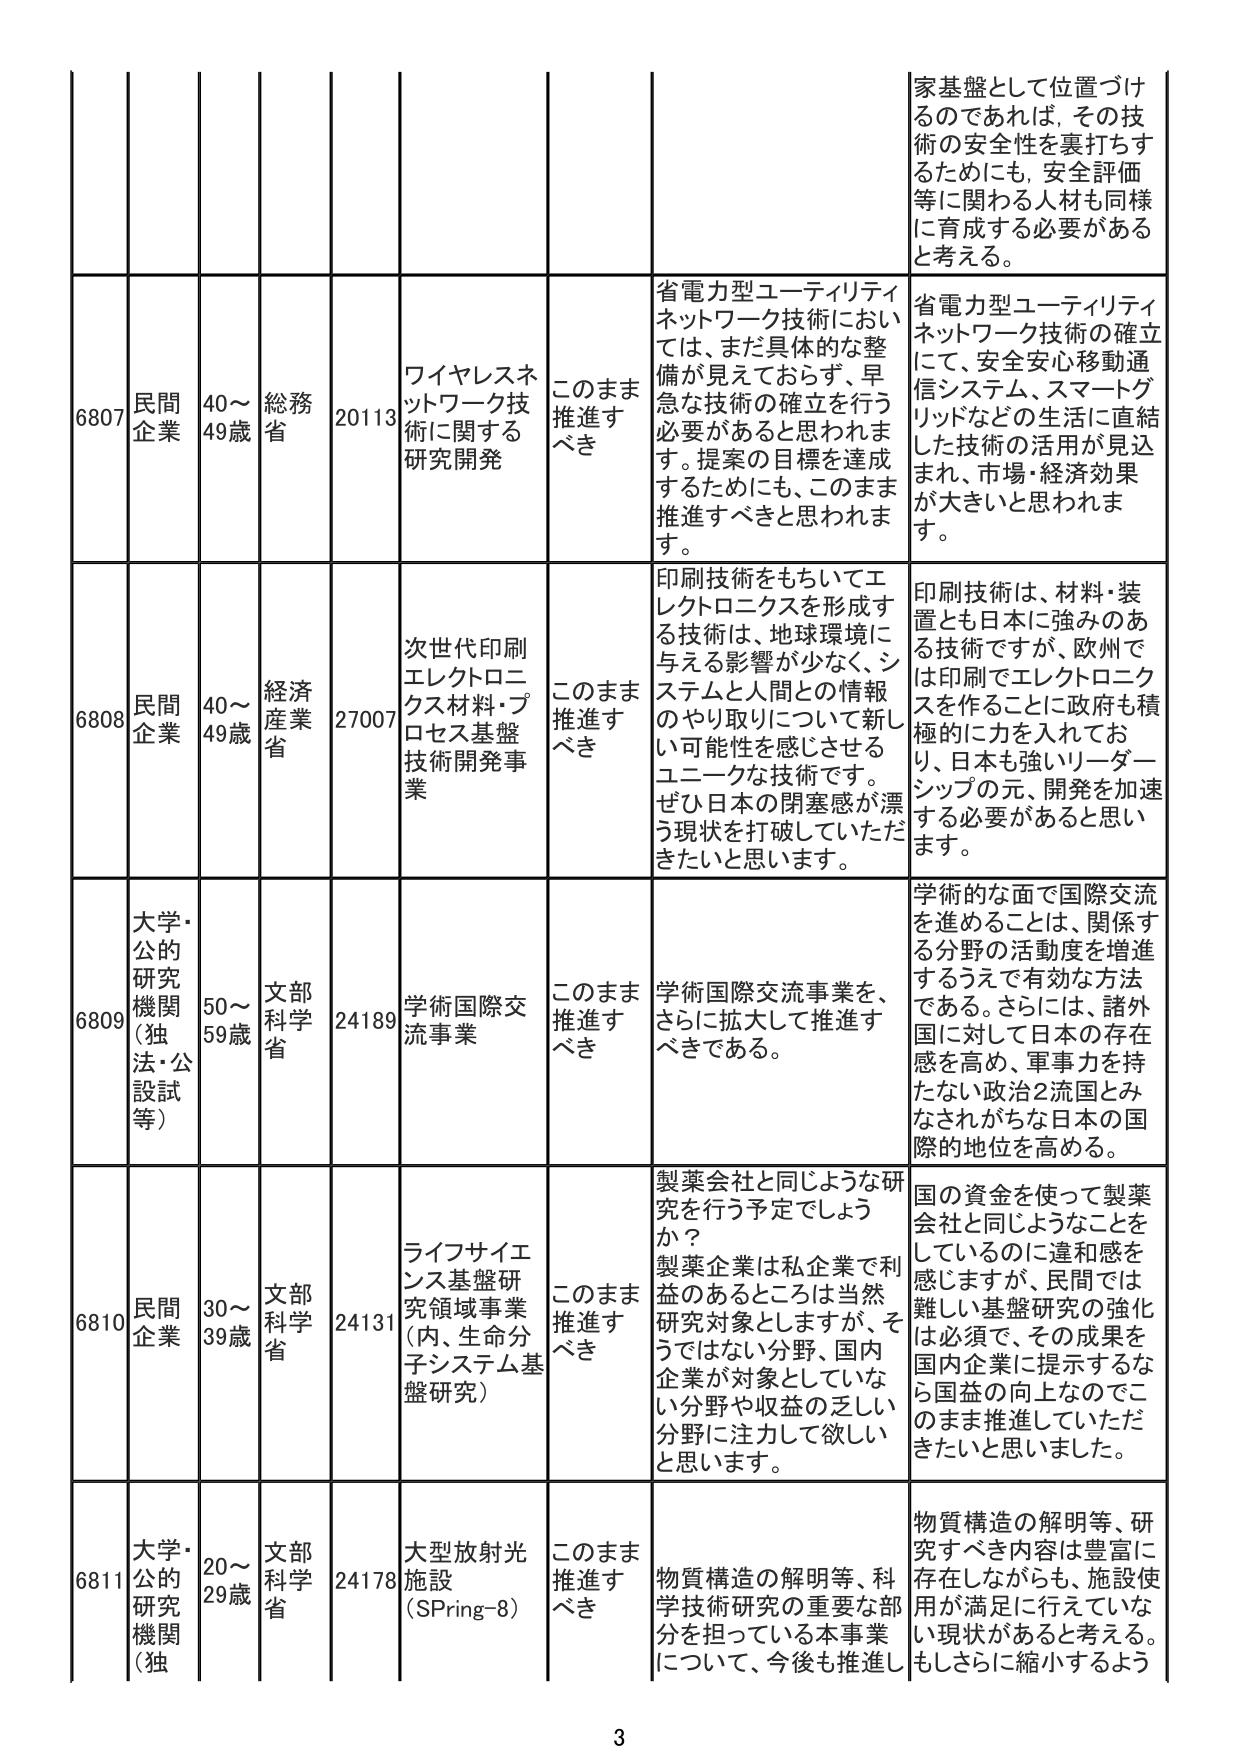
家基盤として位置づけるのであれば、その技術の安全性を裏打ちするためにも、安全評価等に関わる人材も同様に育成する必要があると考える。

6807 民間企業 40～49歳 総務省 20113 ワイヤレスネットワーク技術に関する研究開発 このまま推進すべき 省電力型ユーティリティネットワーク技術においては、まだ具体的な整備が見えておらず、早急な技術の確立を行う必要があると思われます。提案の目標を達成するためにも、このまま推進すべきと思われます。 省電力型ユーティリティネットワーク技術の確立にて、安全安心移動通信システム、スマートグリッドなどの生活に直結した技術の活用が見込まれ、市場・経済効果が大きいと思われます。

6808 民間企業 40～49歳 経済産業省 27007 次世代印刷エレクトロニクス材料・プロセス基盤技術開発事業 このまま推進すべき 印刷技術をもちいてエレクトロニクスを形成する技術は、地球環境に与える影響が少なく、システムと人間との情報のやり取りについて新しい可能性を感じさせるユニークな技術です。ぜひ日本の閉塞感が漂う現状を打破していただきたいと思います。 印刷技術は、材料・装置とも日本に強みのある技術ですが、欧州では印刷でエレクトロニクスを作ることに政府も積極的に力を入れており、日本も強いリーダーシップの元、開発を加速する必要があると思います。

6809 大学・公的研究機関（独法・公設試等） 50～59歳 文部科学省 24189 学術国際交流事業 このまま推進すべき 学術国際交流事業を、さらに拡大して推進すべきである。 学術的な面で国際交流を進めることは、関係する分野の活動度を増進するうえで有効な方法である。さらには、諸外国に対して日本の存在感を高め、軍事力を持たない政治2流国とみなされがちな日本の国際的地位を高める。

6810 民間企業 30～39歳 文部科学省 24131 ライフサイエンス基盤研究領域事業（内、生命分子システム基盤研究） このまま推進すべき 製薬会社と同じような研究を行う予定でしょうか？製薬企業は私企業で利益のあるところは当然研究対象としますが、そうではない分野、国内企業が対象としていない分野や収益の乏しい分野に注力して欲しいと思います。 国の資金を使って製薬会社と同じようなことをしているのに違和感を感じますが、民間では難しい基盤研究の強化は必須で、その成果を国内企業に提示するなら国益の向上なのでこのまま推進していただきたいと思いました。

6811 大学・公的研究機関（独 20～29歳 文部科学省 24178 大型放射光施設（SPring-8） このまま推進すべき 物質構造の解明等、科学技術研究の重要な部分を担っている本事業について、今後も推進し 物質構造の解明等、研究すべき内容は豊富に存在しながらも、施設使用が満足に行えていない現状があると考える。もしさらに縮小するよう

3